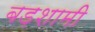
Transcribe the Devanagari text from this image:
बड़शामी